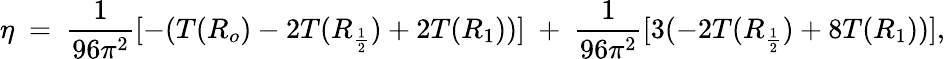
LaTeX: \eta~=~{\frac{1}{96\pi^{2}}}[-(T(R_{o})-2T(R_{\frac{1}{2}})+2T(R_{1}))]~+~{\frac{1}{96\pi^{2}}}[3(-2T(R_{\frac{1}{2}})+8T(R_{1}))],